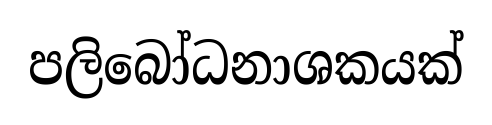
පලිබෝධනාශකයක්